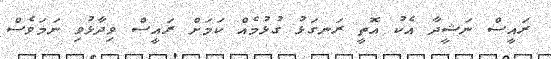
ރައީސް ނަޝީދާ އެކު އޮތީ ރަނގަޅު ގުޅުމެއް ކަމަށް ރައީސް ވިދާޅުވި ނަމަވެސް